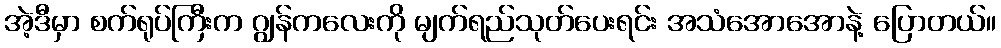
အဲ့ဒီမှာ စက်ရုပ်ကြီးက ဂျွန်ကလေးကို မျက်ရည်သုတ်ပေးရင်း အသံအောအောနဲ့ ပြောတယ်။